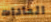
العادات